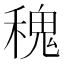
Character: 𥡂